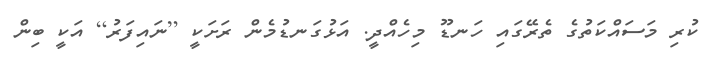
ކުރި މަސައްކަތުގެ ތެރޭގައި ހަނޑޫ މިހެއްދީ. އަޅުގަނޑުމެން ރަށަކީ [ނައިފަރު] އަކީ ބިން